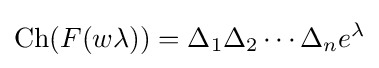
{\text{Ch}}(F(w\lambda ))=\Delta _{1}\Delta _{2}\cdots \Delta _{n}e^{\lambda }